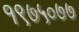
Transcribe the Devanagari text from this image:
१९७५०७७